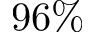
9 6 \%